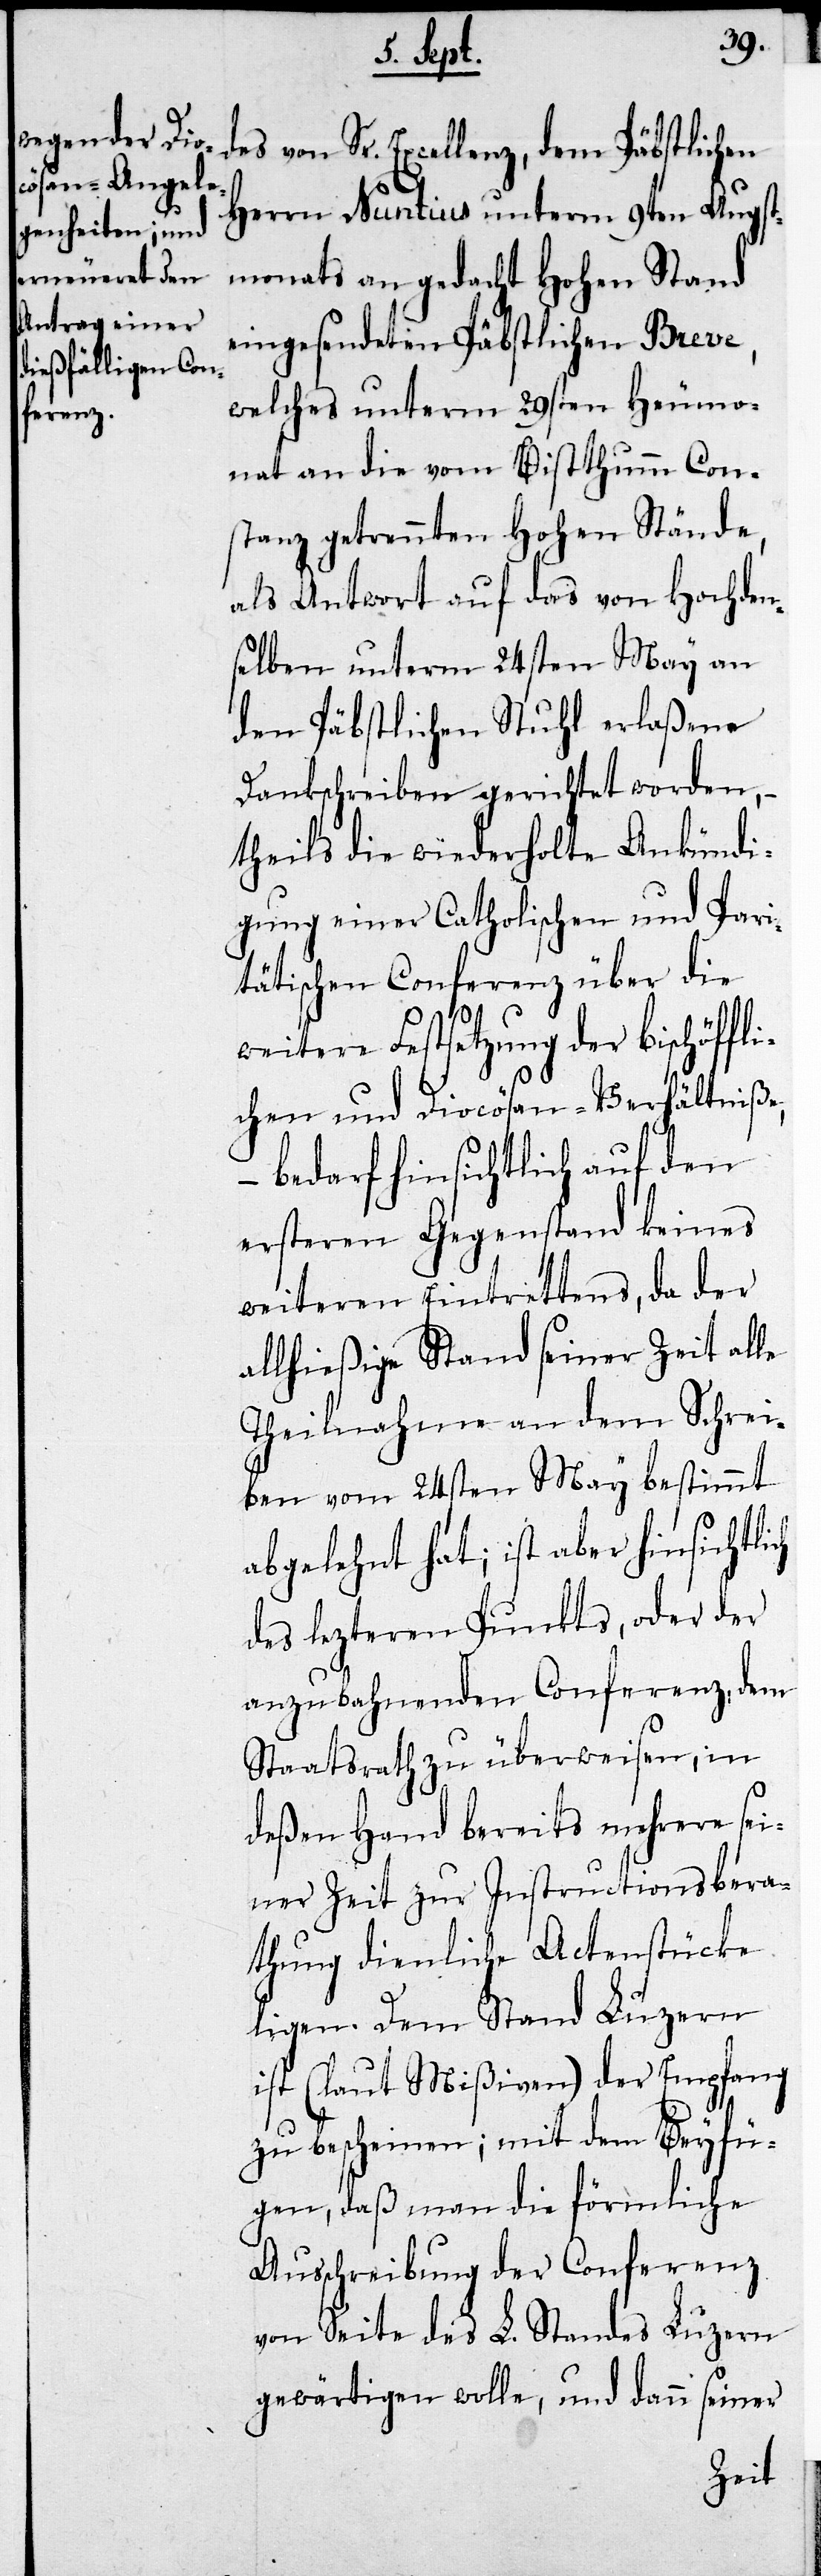
Herrn Nuntius unterm 9ten Augst¬
monats an gedacht Hohen Stand
eingesendeten Päbstlichen Breve,
welches unterm 29sten Heumo¬
nath an die vom Bisthumm Con¬
stanz getrennten Hohen Stände,
als Antwort auf das von Hochden¬
selben unterm 24sten May an
den Päbstlichen Stuhl erlaßene
Dankschreiben gerichtet worden,
theils die wiederholte Ankündi¬
gung einer Catholischen und Pari¬
tätischen Conferenz über die
weitere Festsetzung der bischöffl¬
ichen und Diocösan-Verhältniße,
– bedarf hinsichtlich auf den
erstern Gegenstand keines
weiteren Eintrettens, da der
allhießige Stand seiner Zeit alle
Theilnahme an dem Schrei¬
ben vom 24sten May bestimmt
abgelehnt hat; ist aber hinsichtlich
des leztern Punkts, oder der
anzubahnenden Conferenz, dem
Staatsrath zu überweisen, in
deßen Hand bereits mehrere sei¬
ner Zeit zu Instructionsbera¬
thung dienliche Actenstücke
ligen. Dem Stand Luzern
ist (laut Mißiven) der Empfang
zu bescheinen; mit dem Beyfü¬
gen, daß man die förmliche
Ausschreibung der Conferenz
von Seite des L. Standes Luzern
gewärtigen wolle, und dann seiner